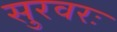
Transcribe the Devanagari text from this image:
सुरवरः